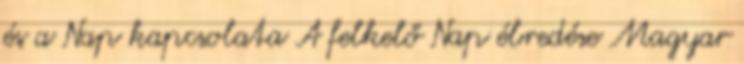
és a Nap kapcsolata A felkelő Nap ébredése Magyar